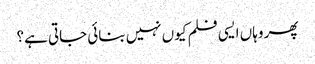
پھر وہاں ایسی فلم کیوں نہیں بنائی جاتی ہے؟